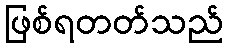
ဖြစ်ရတတ်သည်